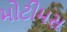
મોટીમસ